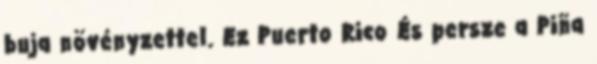
buja növényzettel. Ez Puerto Rico És persze a Piña